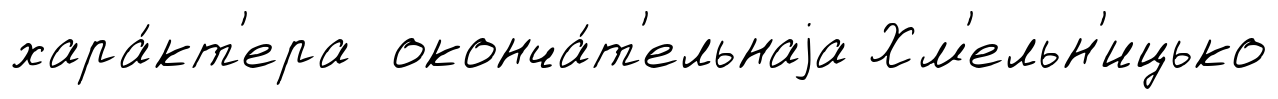
хара́кт'ера оконча́т'ельнаjа Хм'ельн'ицько